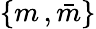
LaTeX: \{ m\, ,{\bar{m}}\}